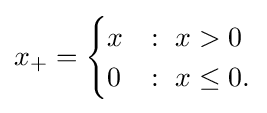
x_{+}={\begin{cases}x&:\ x>0\\0&:\ x\leq 0.\end{cases}}